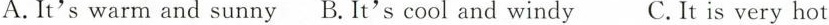
A. It's warm and sunny B. It's cool and windy C. It is very hot